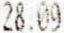
28.09